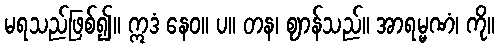
မရသည်ဖြစ်၍။ ဣဒံ နေဝ။ ပ။ တန၊ ဈာန်သည်။ အာရမ္မဏံ၊ ကို။